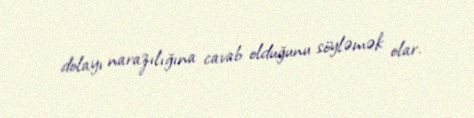
dolayı narazılığına cavab olduğunu söyləmək olar.